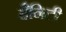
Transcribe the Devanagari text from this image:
हैनिटी